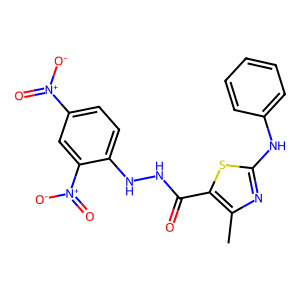
SMILES: Cc1nc(Nc2ccccc2)sc1C(=O)NNc1ccc([N+](=O)[O-])cc1[N+](=O)[O-]
Inhibits HIV replication: No